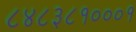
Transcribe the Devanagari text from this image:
८४८३८१०००१